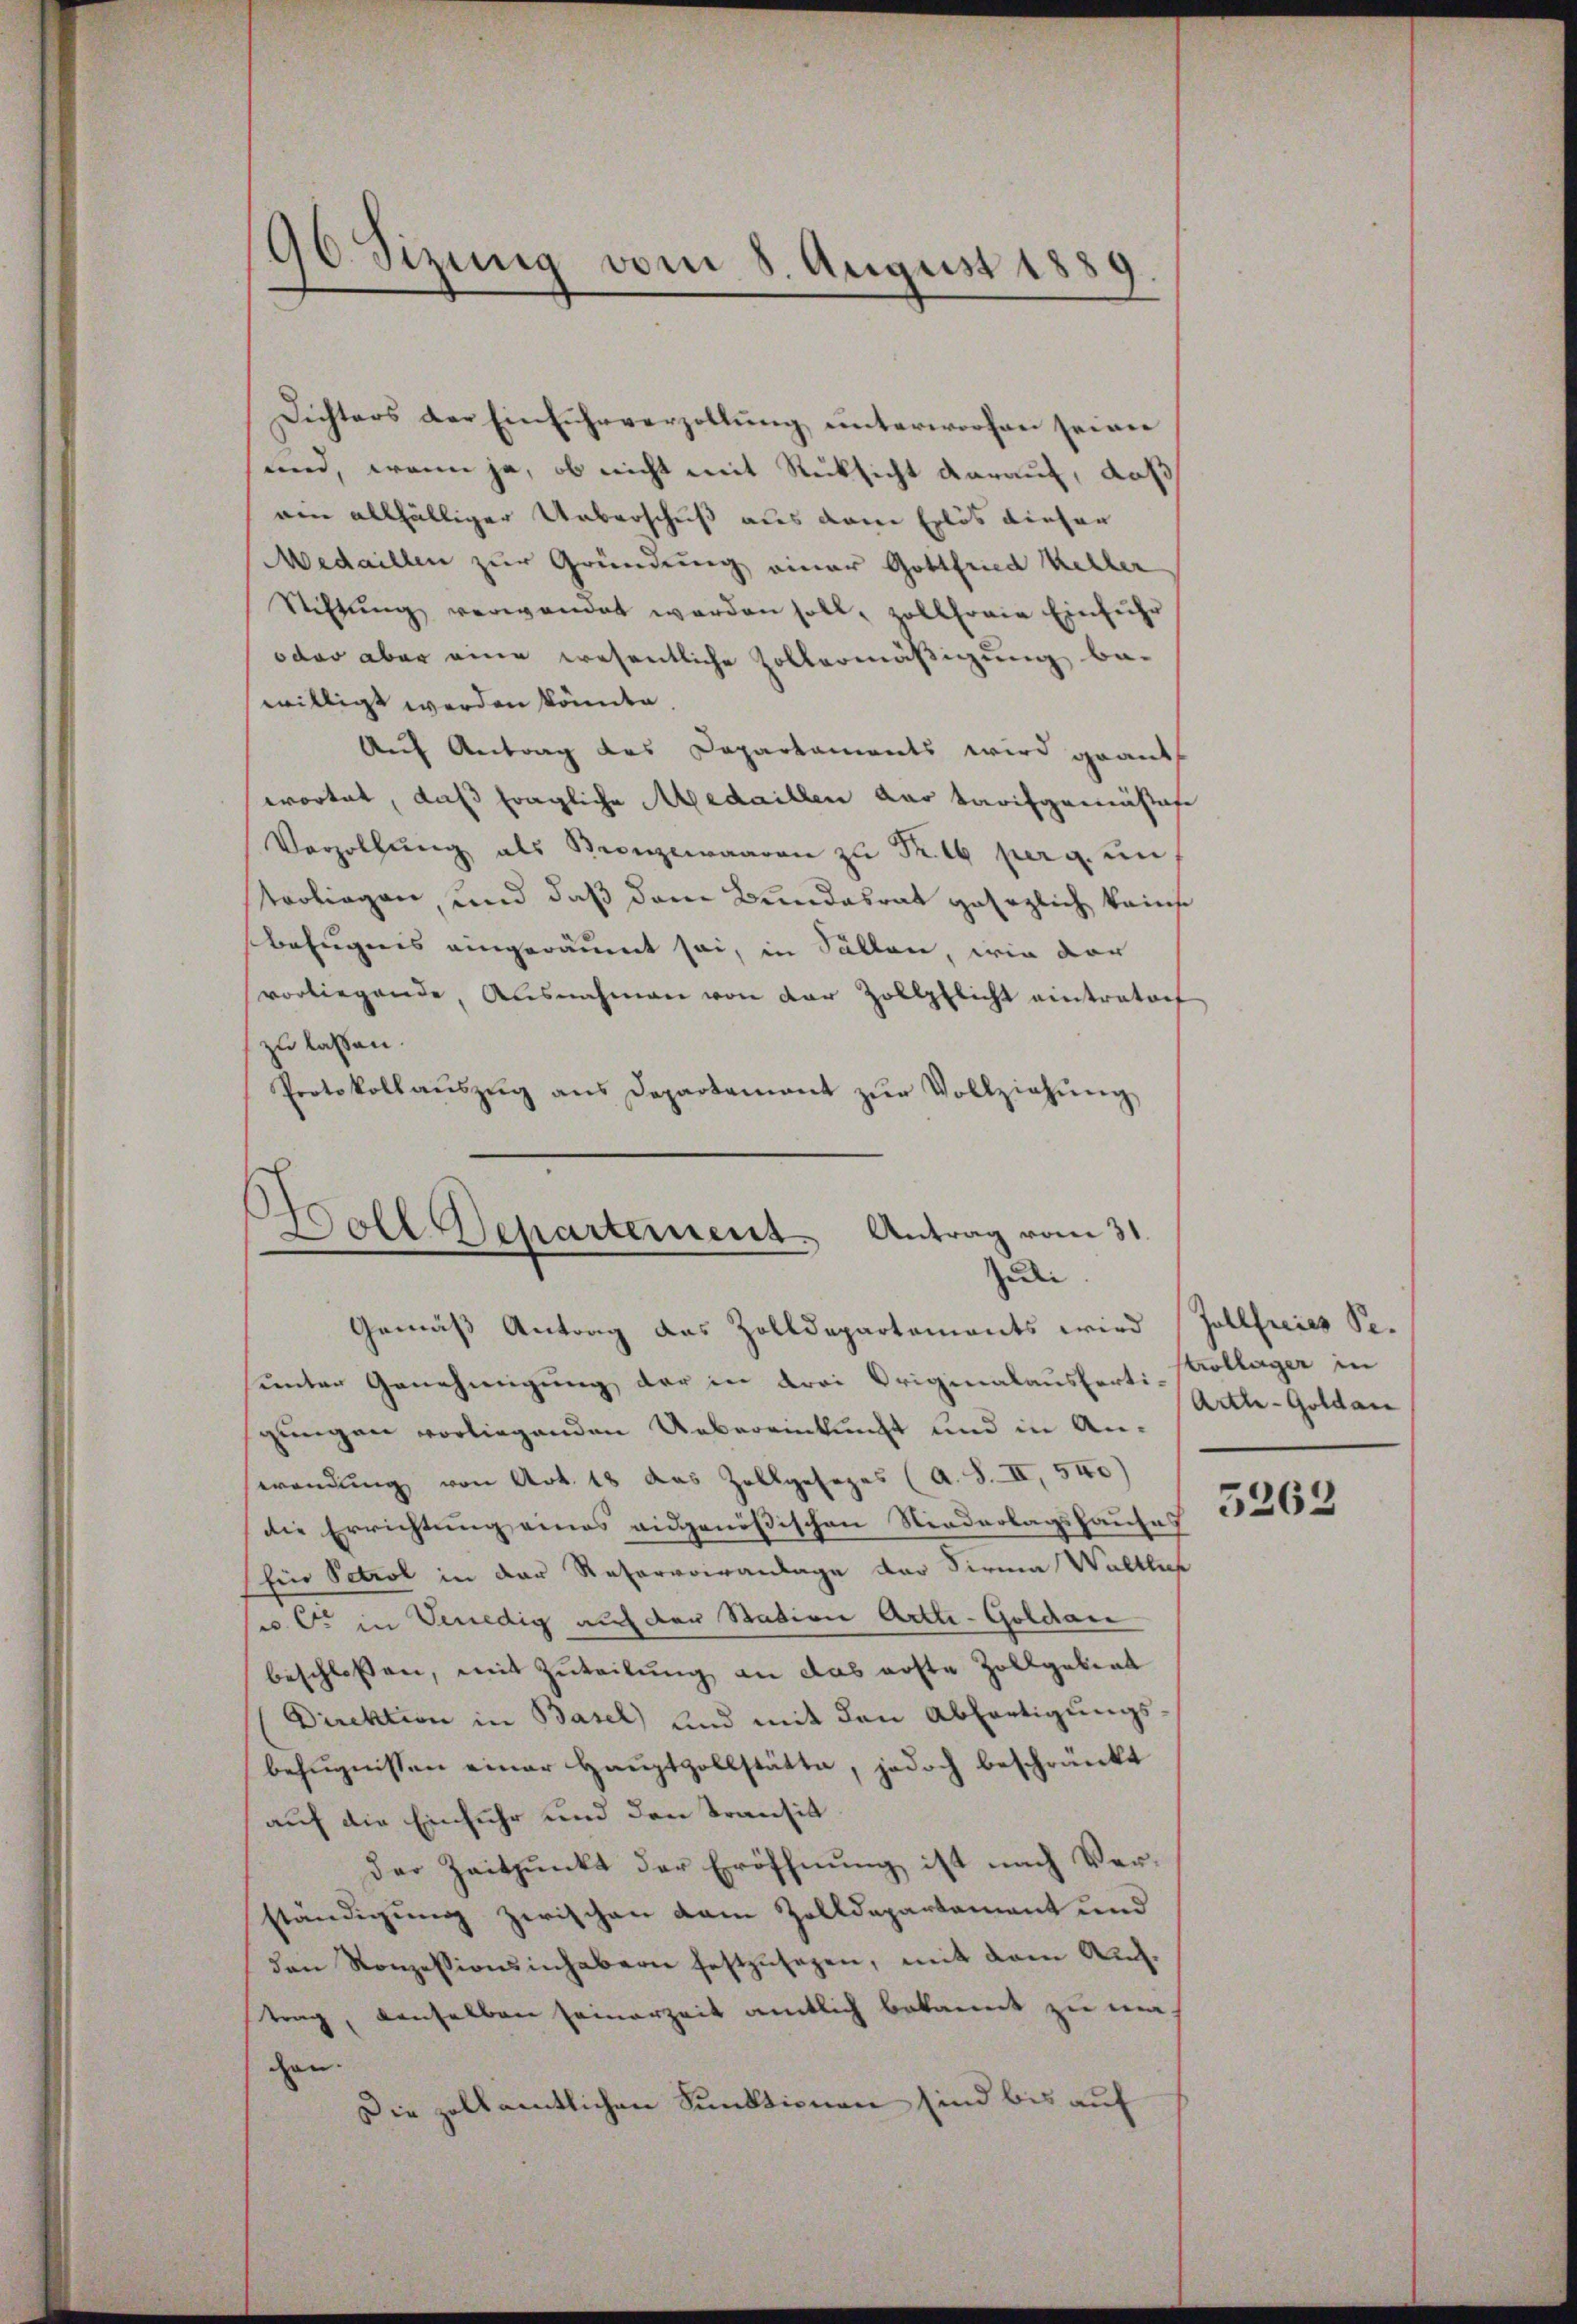
Dichters der Einfuhrverzollŭng unterworfen seien
und, wenn ja, ob nicht mit Rücksicht darauf, daß
ein allfälliger Ueberschuß aus dem Erlös dieser
Medaillen zur Gründung einer Gottfried Keller
Stiftŭng verwendet werden soll, zollhorie Einführ
oder aber eine wesentliche Zollermäßigung be-
willigt werden könnte.
Auf Antrag des Departaments wird graut
wortet, daß fragliche Medaillen der Tarifgemässige
Verzöllŭng als Bronzewaaren zŭ Fr. 16 per a. un
terliegen, und daß dem Bundesrat gesezlich keine
befugnis eingeräumt sei, in Fällen, wie dar
vorliegende, Ausnahmen von der Zollpflicht eintrator
zu lassen.
Protokoll aŭszŭg ans Departement zŭr Vollziehung

90 Sizung vom 8. August 1889
.

Woll Repartement Antrag vom 31.
Zede
Gemäß Antrag das Zolldepartements wird

sunter Genehmigung der in drei Originalausferti-Collager in
gungen vorliegenden Uebereinkunft und in Anwendung von Art. 18 das Zollgesezes (A. S. II, 540)
die Errichtung eines eidgenößischen Niederlagshauses
Ein Petrol in der Reforvoiranlage der Firma Waltlich
w. Er in Venedig auf der Station Artti-Goldaue
beschlossen, mit Zuteilung an das erste Zollgebiet
Direktion in Basel und mit den Abfertigungsbezŭgnissen einer Haŭptzollstätte, jedoch beschränkt
auf die Einfuhr und den Transit
Der Zeitpunkt der Eröffnung ist nach Verständigung zwischen dem Zolldepartement und
den Konzessionsinhabern festzusehen, mit dem Auf-
trag, denselben seinerzeit amtlich bekannt zu machen.
Die zelkamtlichen Funktionen sind bis auf

Jollfreies Se.
Artle-Goldau
5263